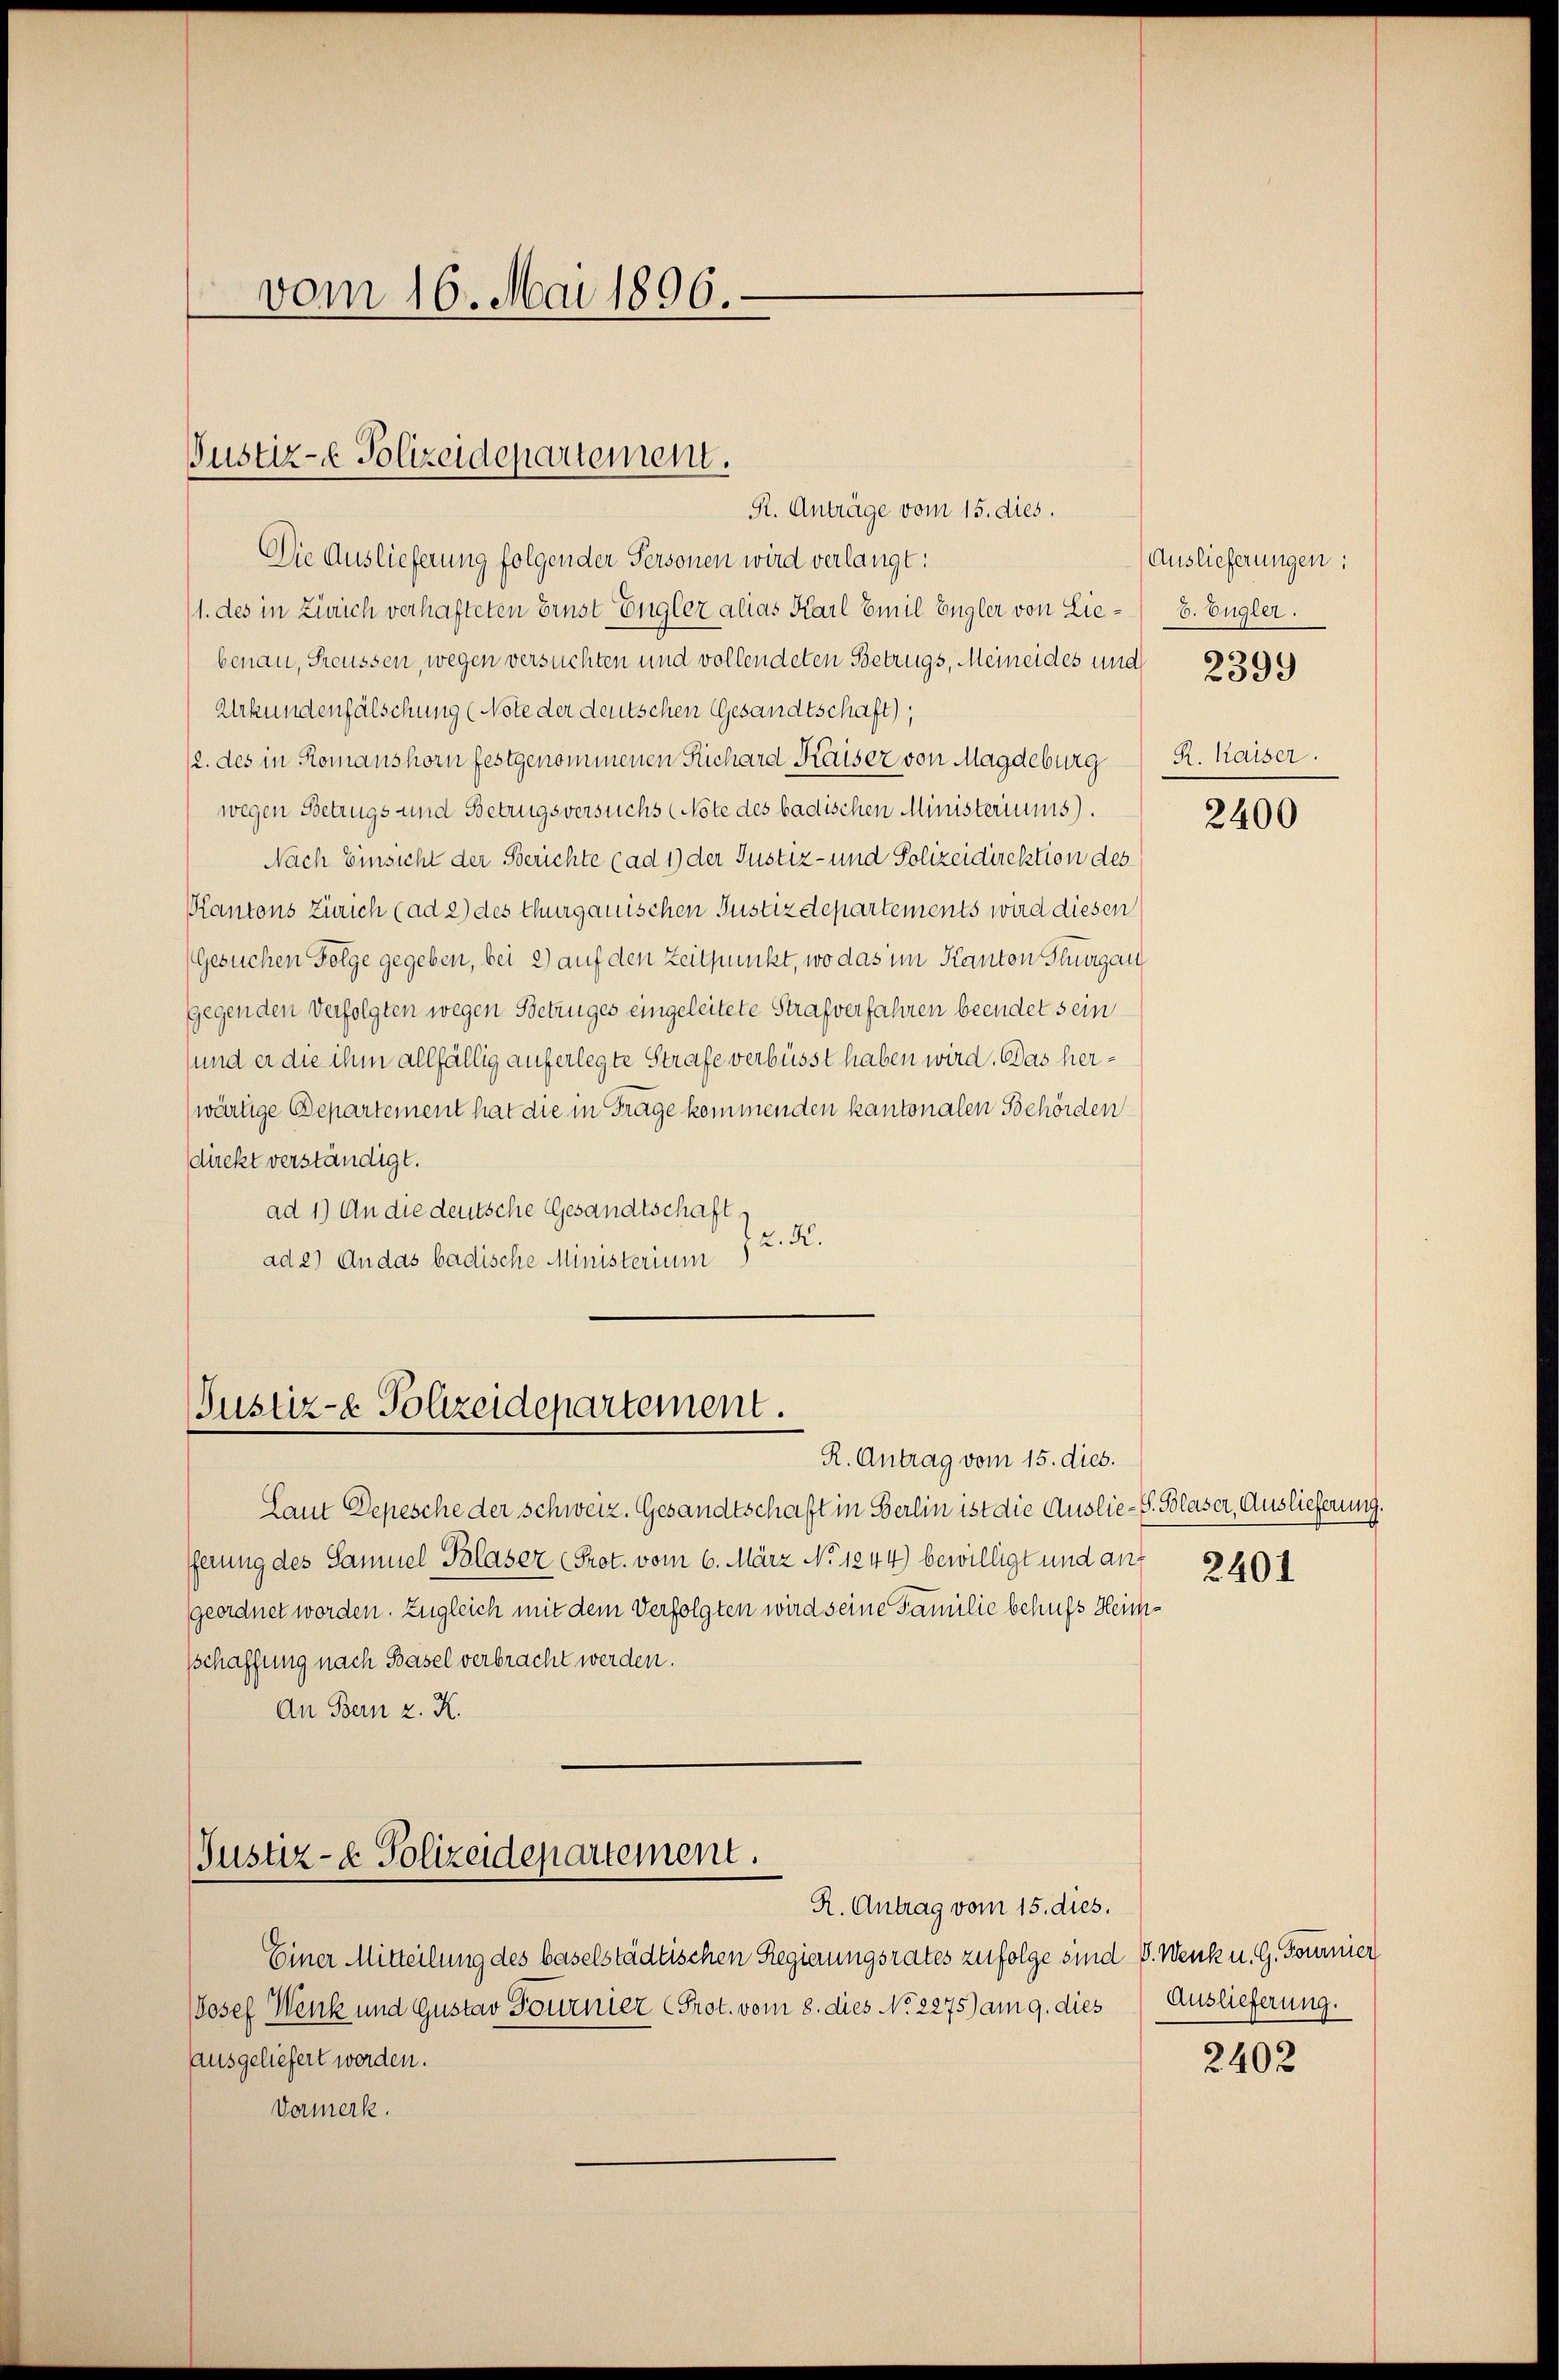
vom 16. Mai 1896.

Justiz-e Polizeidepartement.

Die Auslieferung folgender Personen wird verlangt:
1. des in Zürich verhafteten Ernst Engler alias Karl Emil Engler von Lie-8. Engler.
benau, Freussen, wegen versuchten und vollendeten Betrugs, Meineides und
Urkundenfälschung (Note der deutschen Gesandtschaft),
12. des in Romanshorn festgenommenen Richard Kaiser von Magdeburg
wegen Betrugs und Betrugsversuchs (Note des badischen Ministeriums).
Nach Einsicht der Berichte (ad 1) der Justiz- und Polizeidirektion des
Kantons Zürich (ad 2) des thurgauischen Justizdepartements wird diesen
(Gesuchen Folge gegeben, bei 2) auf den Zeitpunkt, wo das im Kanton Thurgau
gegen den Verfolgten wegen Betruges eingeleitete Strafverfahren beendet sein
und er die ihm allfällig auferlegte Strafe verbüsst haben wird. Das her¬
(wärtige Departement hat die in Frage kommenden kantonalen Behörden
direkt verständigt.
ad 1.) An die deutsche Gesandtschaft
2. R.
ad 2) An das badische Ministerium

Justiz- & Polizeidepartement.

R. Antrag vom 15. dies.

R. Anträge vom 15. dies.

Justiz- & Polizeidepartement.
R. Antrag vom 15. dies.

Laut Depesche der Schweiz. Gesandtschaft in Berlin ist die Auslie-S. Blaser, Auslieferung.
ferung des Samuel Blaser (Prot. vom 6. März No. 1244) bewilligt und auf
geordnet worden. Zugleich mit dem Verfolgten wird seine Familie behufs Heimsschaffung nach Basel verbracht werden.
An Bern z. K.

Einer Mitteilung des baselstädtischen Regierungsrates zufolge sind V. Wenk u. G. Tournier
Josef Wenk und Gustav Fournier (Prot. vom 8. dies No 2275) am 9. dies
ausgeliefert worden.
Vormerk.

Auslieferungen:
2399
R. Kaiser.

2400

2401

2402

Auslieferung.